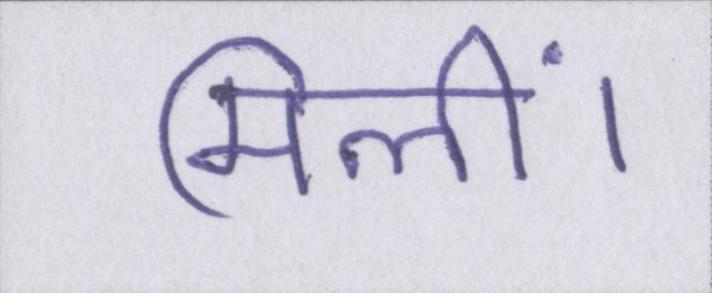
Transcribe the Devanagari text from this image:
मिलीं।